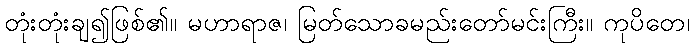
တုံးတုံးချ၍ဖြစ်၏။ မဟာရာဇ၊ မြတ်သောခမည်းတော်မင်းကြီး။ ကုပိတေ၊